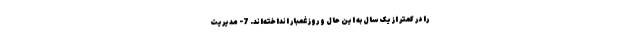
را در کمتر از یک سال به این حال و روز غمبار انداخته‌اند. 7- مدیریت